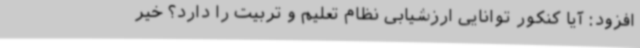
افزود: آیا کنکور توانایی ارزشیابی نظام تعلیم و تربیت را دارد؟ خیر